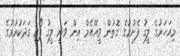
މިއަހަރުގެ ލީގު ފެށުމުގެ ގޮތުން ވީއޭއެމް އިން ވަނީ ލީގު ފޯރި ގަދަކުރުމުގެ